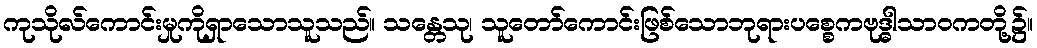
ကုသိုလ်ကောင်းမှုကိုရှာသောသူသည်။ သန္တေသု၊ သူတော်ကောင်းဖြစ်သောဘုရားပစ္စေကဗုဒ္ဓါသာဝကတို့၌။